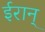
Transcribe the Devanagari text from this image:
ईरान्